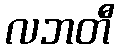
လဘတီ